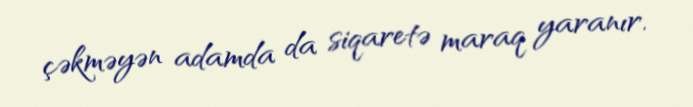
çəkməyən adamda da siqaretə maraq yaranır.